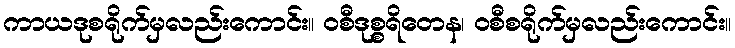
ကာယဒုစရိုက်မှလည်းကောင်း။ ဝစီဒုစ္စရိတေန၊ ဝစီစရိုက်မှလည်းကောင်း။